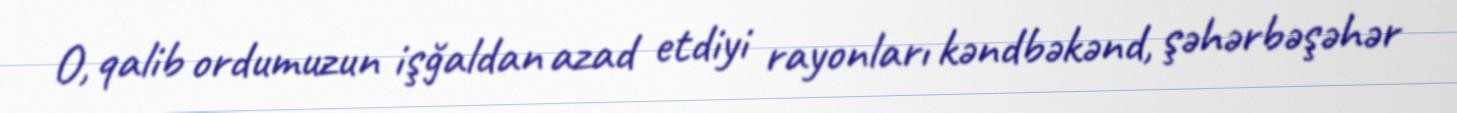
O, qalib ordumuzun işğaldan azad etdiyi rayonları kəndbəkənd, şəhərbəşəhər